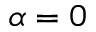
\alpha = 0